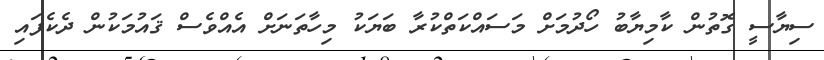
ސިޔާސީ ގޮތުން ކާމިޔާބު ހޯދުމަށް މަސައްކަތްކުރާ ބަޔަކު މިހާތަނަށް އެއްވެސް ޤައުމަކުން ދެކެފައި